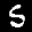
Label: 5